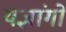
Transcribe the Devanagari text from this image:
यज्ञांगो